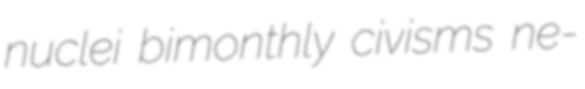
nuclei bimonthly civisms ne-